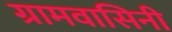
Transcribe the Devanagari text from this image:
ग्रामवासिनी